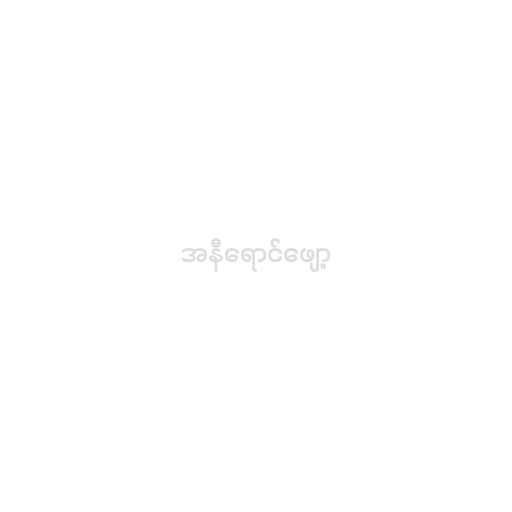
အနီရောင်ဖျော့